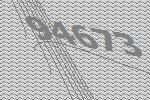
94673